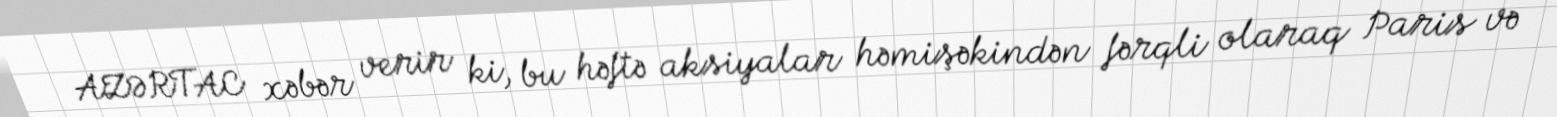
AZƏRTAC xəbər verir ki, bu həftə aksiyalar həmişəkindən fərqli olaraq Paris və